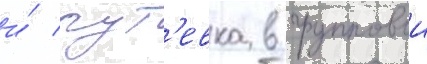
и́ пут'евка в групповои